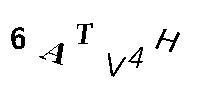
6ATV4H